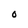
Character: 0